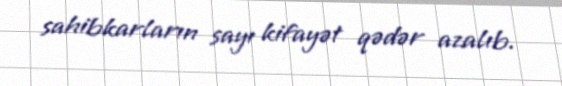
sahibkarların sayı kifayət qədər azalıb.